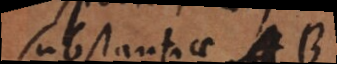
substantiae A